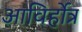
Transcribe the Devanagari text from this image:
आविर्होत्र